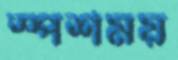
স্পর্শময়